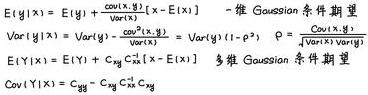
\(E[y|x] &= E[y] + \frac{cov(x,y)}{Var(x)}[x - E[x]] & \)一维 Gaussian 条件期望\\
\(Var[y|x] &= Var[y] - \frac{cov(x,y)^2}{Var(x)} = Var[y](1 - \rho^2) & \rho = \frac{cov(x,y)}{\sqrt{Var(x)Var(y)}}\)\\
\(E[Y|X] &= \mu_Y + C_{YX}C_{XX}^{-1}[X - E[X]] & \)多维 Gaussian 条件期望\\
\(Cov[Y|X] &= C_{YY} - C_{YX}C_{XX}^{-1}C_{XY}\)